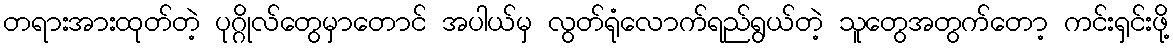
တရားအားထုတ်တဲ့ ပုဂ္ဂိုလ်တွေမှာတောင် အပါယ်မှ လွတ်ရုံလောက်ရည်ရွယ်တဲ့ သူတွေအတွက်တော့ ကင်းရှင်းဖို့